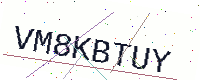
Text: VM8KBTUY